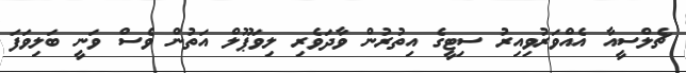
ޗެލްސީއާ އެއްވަރުވިއިރު ސިޓީގެ އިތުރުން ވާދަވެރި ލިވަޕޫލް އަތުން ވެސް ވަނީ ބަލިވަފަ